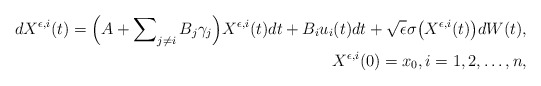
\begin{align*} dX^{\epsilon, i}(t) = \Bigl (A + \sum\nolimits_{j \neq i} B_j \gamma_j\Bigr)X^{\epsilon, i}(t) dt + B_i u_i(t)dt + \sqrt{\epsilon} \sigma\bigl(X^{\epsilon, i}(t)\bigr) dW(t), \\ X^{\epsilon,i}(0)=x_0, i =1, 2, \ldots, n, \end{align*}